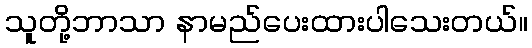
သူတို့ဘာသာ နာမည်ပေးထားပါသေးတယ်။